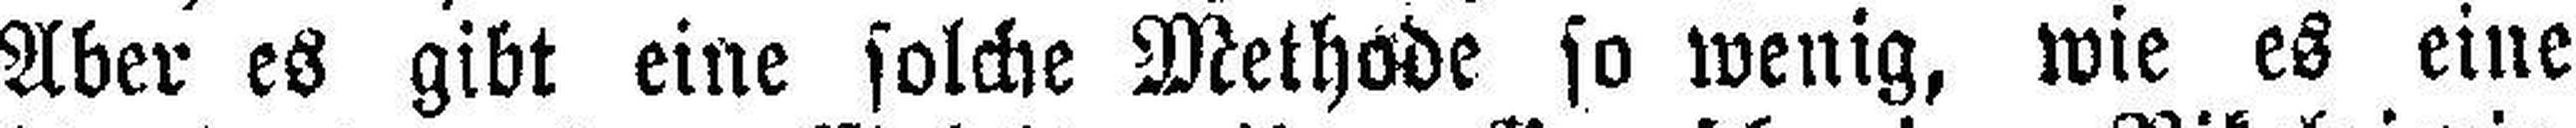
Aber es gibt eine solche Methode so wenig, wie es eine